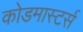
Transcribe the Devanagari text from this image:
कोडमास्टर्स